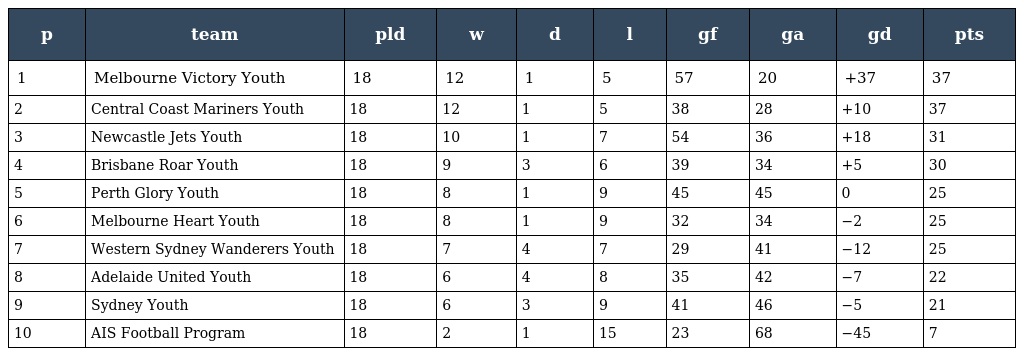
| p | team | pld | w | d | l | gf | ga | gd | pts |
 | --- | --- | --- | --- | --- | --- | --- | --- | --- | --- |
 | 1 | Melbourne Victory Youth | 18 | 12 | 1 | 5 | 57 | 20 | +37 | 37 |
 | 2 | Central Coast Mariners Youth | 18 | 12 | 1 | 5 | 38 | 28 | +10 | 37 |
 | 3 | Newcastle Jets Youth | 18 | 10 | 1 | 7 | 54 | 36 | +18 | 31 |
 | 4 | Brisbane Roar Youth | 18 | 9 | 3 | 6 | 39 | 34 | +5 | 30 |
 | 5 | Perth Glory Youth | 18 | 8 | 1 | 9 | 45 | 45 | 0 | 25 |
 | 6 | Melbourne Heart Youth | 18 | 8 | 1 | 9 | 32 | 34 | −2 | 25 |
 | 7 | Western Sydney Wanderers Youth | 18 | 7 | 4 | 7 | 29 | 41 | −12 | 25 |
 | 8 | Adelaide United Youth | 18 | 6 | 4 | 8 | 35 | 42 | −7 | 22 |
 | 9 | Sydney Youth | 18 | 6 | 3 | 9 | 41 | 46 | −5 | 21 |
 | 10 | AIS Football Program | 18 | 2 | 1 | 15 | 23 | 68 | −45 | 7 |